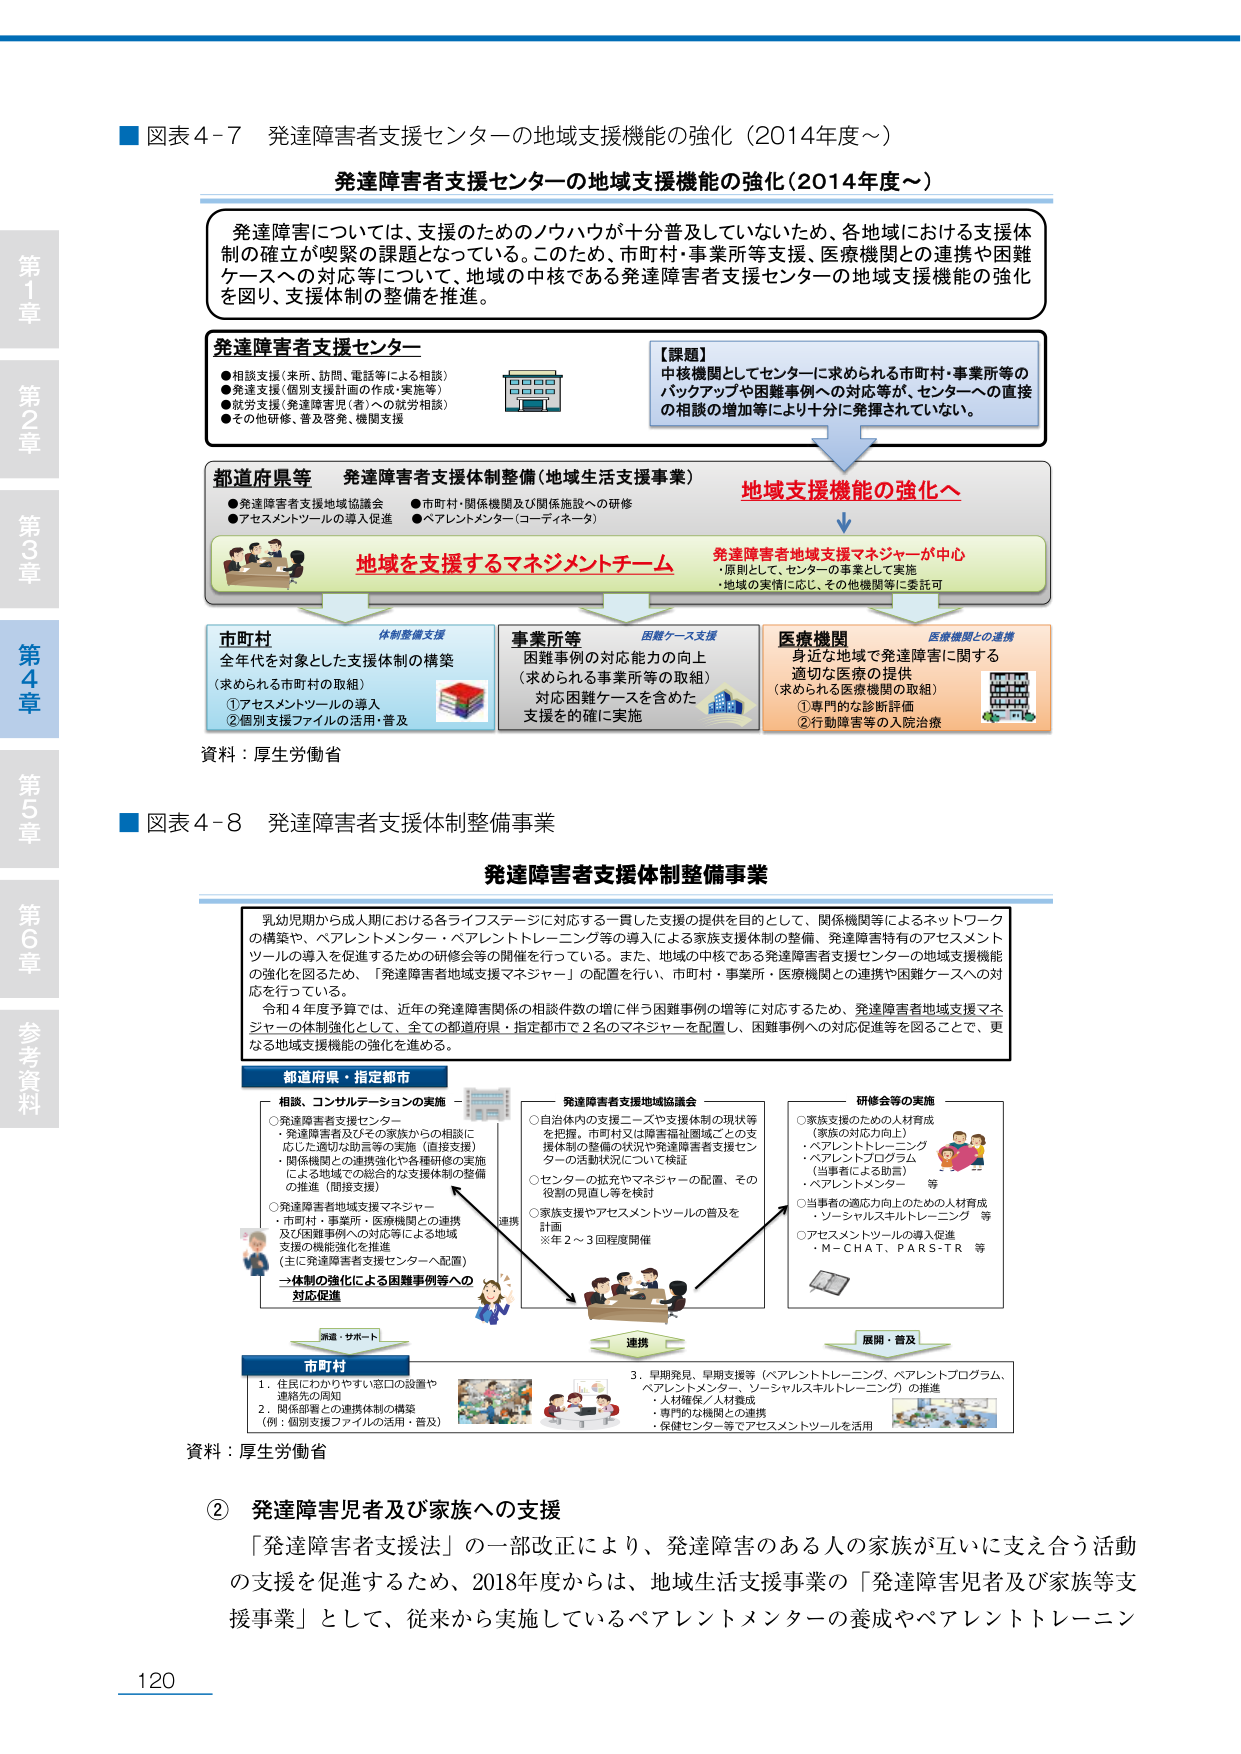
■ 図表 4-7 発達障害者支援センターの地域支援機能の強化（2014年度～）

発達障害者支援センターの地域支援機能の強化（2014年度～）

発達障害については、支援のためのノウハウが十分普及していないため、各地域における支援体制の確立が喫緊の課題となっている。このため、市町村・事業所等支援、医療機関との連携や困難ケースへの対応等について、地域の中核である発達障害者支援センターの地域支援機能の強化を図り、支援体制の整備を推進。

発達障害者支援センター
●相談支援（来所、訪問、電話等による相談）
●発達支援（個別支援計画の作成・実施等）
●就労支援（発達障害児（者）への就労相談）
●その他研修、普及啓発、機関支援

【課題】
中核機関としてセンターに求められる市町村・事業所等のバックアップや困難事例への対応等が、センターへの直接の相談の増加等により支障されている。

都道府県等 発達障害者支援体制整備（地域生活支援事業）
●発達障害者支援地域協議会
●アセスメントツールの導入促進
●市町村・関係機関及び関係施設への研修
●ペアレントメンター（コーディネータ）

地域を支援するマネジメントチーム

地域支援機能の強化へ

発達障害者地域支援マネジャーが中心
・原則として、センターの事業として実施
・地域の実情に応じ、その他機関等に委託可

市町村
全年代を対象とした支援体制の構築
（求められる市町村の取組）
①アセスメントツールの導入
②個別支援ファイルの活用・普及

事業所等
困難事例の対応能力の向上
（求められる事業所等の取組）
対応困難ケースを含めた
支援を的確に実施

医療機関
身近な地域で発達障害に関する
適切な医療の提供
（求められる医療機関の取組）
①専門的な診断評価
②行動障害等の入院治療

資料：厚生労働省

■ 図表 4-8 発達障害者支援体制整備事業

発達障害者支援体制整備事業

乳幼児期から成人期における各ライフステージに対応する一貫した支援の提供を目的として、関係機関等によるネットワークの構築や、ペアレントメンター・ペアレントトレーニング等の導入による家族支援体制の整備、発達障害特有のアセスメントツールの導入を促進するための研修会等の開催を行っている。また、地域の中核である発達障害者支援センターの地域支援機能の強化を図るため、「発達障害者地域支援マネジャー」の配置を行い、市町村・事業所・医療機関との連携や困難ケースへの対応を行っている。

令和4年度予算では、近年の発達障害関係の相談件数の増に伴う困難事例の増等に対応するため、発達障害者地域支援マネジャーの体制強化として、全ての都道府県・指定都市に2名のマネジャーを配置し、困難事例への対応促進等を図ることで、更なる地域支援機能の強化を進める。

都道府県・指定都市
相談、コンサルテーションの実施
○発達障害者支援センター
・発達障害者及びその家族からの相談に応じた適切な助言等の実施（直接支援）
・関係機関との連携強化や各種研修の実施による地域での総合的な支援体制の整備の推進（間接支援）
○発達障害者地域支援マネジャー
・市町村・事業所・医療機関との連携及び困難事例への対応等による地域支援の機能強化を推進
（主に発達障害者支援センターへ配置）
→体制の強化による困難事例等への対応促進

発達障害者支援地域協議会
○自治体内の支援ニーズや支援体制の現状等を把握。市町村又は障害福祉圏域ごとの支援体制の整備の状況や発達障害者支援センターの活動状況について検証
○センターの拡充やマネジャーの配置、その役割の見直し等を検討
○家族支援やアセスメントツールの普及を計画
※年2～3回程度開催

研修会等の実施
○家族支援のための人材育成
（家族の対応力向上）
・ペアレントトレーニング
・ペアレントプログラム
（当事者による助言）
・ペアレントメンター 等
○当事者の適応力向上のための人材育成
・ソーシャルスキルトレーニング 等
○アセスメントツールの導入促進
・M-CHAT、PARS-TR 等

連携

展開・普及

市町村
1. 住民にわかりやすい窓口の設置や連絡先の周知
2. 関係部署との連携体制の構築
（例：個別支援ファイルの活用・普及）

3. 早期発見、早期支援等（ペアレントトレーニング、ペアレントプログラム、ペアレントメンター、ソーシャルスキルトレーニング）の推進
・人材確保／人材養成
・専門的な機関との連携
・保健センター等でアセスメントツールを活用

資料：厚生労働省

② 発達障害児者及び家族への支援
「発達障害者支援法」の一部改正により、発達障害のある人の家族が互いに支え合う活動の支援を促進するため、2018年度からは、地域生活支援事業の「発達障害児者及び家族等支援事業」として、従来から実施しているペアレントメンターの養成やペアレントトレーニン

120